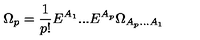
\Omega _ { p } = \frac { 1 } { p ! } E ^ { A _ { 1 } } . . . E ^ { A _ { p } } \Omega _ { { A _ { p } } . . . { A _ { 1 } } }